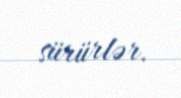
sürürlər.